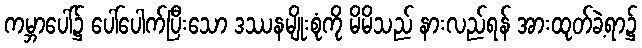
ကမ္ဘာပေါ်၌ ပေါ်ပေါက်ပြီးသော ဒဿနမျိုးစုံကို မိမိသည် နားလည်ရန် အားထုတ်ခဲ့ရာ၌